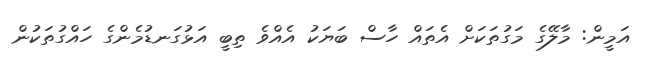
އަމީން: މާލޭގެ މަގުތަކަށް އެތައް ހާސް ބަޔަކު އެއްވެ ތިބީ އަޅުގަނޑުމެންގެ ހައްގުތަކުން